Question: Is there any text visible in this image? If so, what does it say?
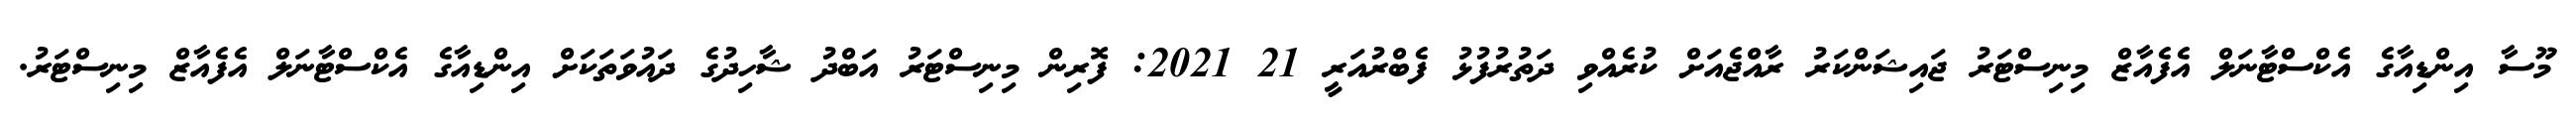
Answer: މޫސާ އިންޑިއާގެ އެކްސްޓާނަލް އެފެއާޒް މިނިސްޓަރު ޖައިޝަންކަރު ރާއްޖެއަށް ކުރެއްވި ދަތުރުފުޅު ފެބްރުއަރީ 21 2021: ފޮރިން މިނިސްޓަރު އަބްދު ޝާހިދުގެ ދައުވަތަކަށް އިންޑިއާގެ އެކްސްޓާނަލް އެފެއާޒް މިނިސްޓަރު.